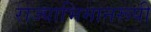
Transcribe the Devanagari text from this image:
राज्याभिमानरूपी